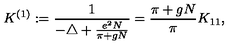
K ^ { ( 1 ) } : = \frac { 1 } { - \triangle + \frac { e ^ { 2 } N } { \pi + g N } } = \frac { \pi + g N } { \pi } K _ { 1 1 } ,